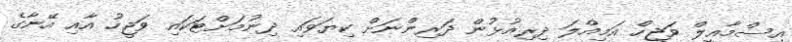
އިސްމާއީލް ވަޖީހް އަމިއްލަ ދިރިއުޅުން ދަރިންނަށް ކިޔަވައި ދިނުމަށްޓަކައި ވަޖީހު އާއި އޭނާގެ